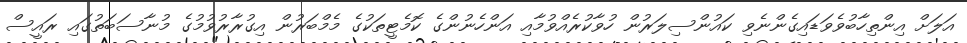
އަލަށް އިންތިހާބުވެވަޑައިގެންނެވި ކައުންސިލަރުން ހުވާކުރެއްވުމާއި އަންހެނުންގެ ކޮމެޓީތަކުގެ މެމްބަރުން އިގުރާރުވުމުގެ މުނާސަބަތުގައި ރައީސް